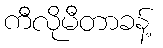
ကီလိုမီတာခန့်